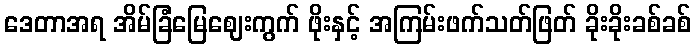
ဒေတာအရ အိမ်ခြံမြေဈေးကွက် ဖိုးနှင့် အကြမ်းဖက်သတ်ဖြတ် ခိုးခိုးခစ်ခစ်